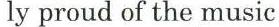
ly proud of the music